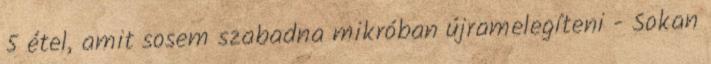
5 étel, amit sosem szabadna mikróban újramelegíteni - Sokan